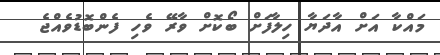
މައްކާ އަށް އާދަޔާ ހިލާފަށް ބޯކޮށް ވާރޭ ވެހި ފެންބޮޑުވެއްޖެ